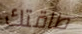
طاقتك